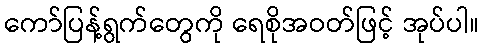
ကော်ပြန့်ရွက်တွေကို ရေစိုအဝတ်ဖြင့် အုပ်ပါ။